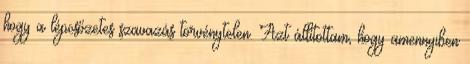
hogy a lépcsőzetes szavazás törvénytelen. Azt állítottam, hogy amennyiben